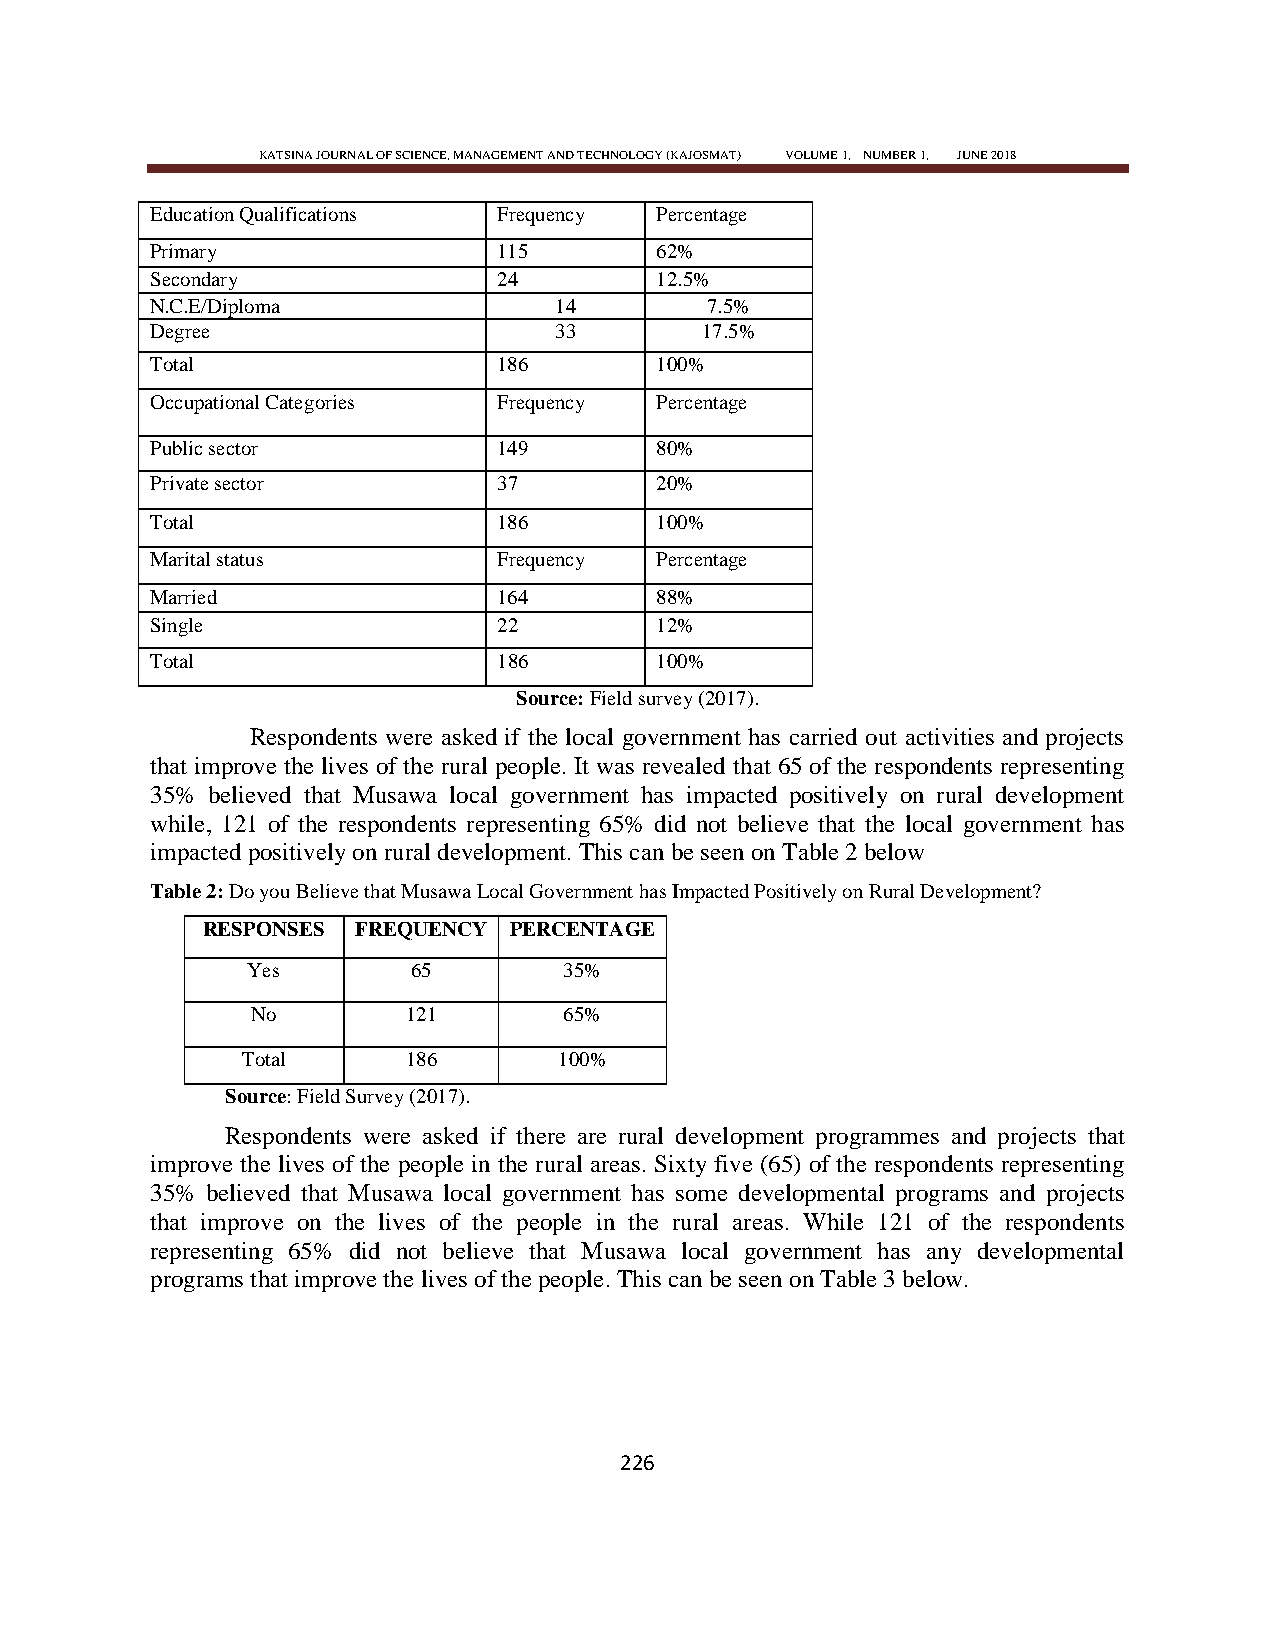
KATSINA JOURNAL OF SCIENCE, MANAGEMENT AND TECHNOLOGY (KAJOSMAT) VOLUME 1, NUMBER 1, JUNE 2018
 Education Qualifications Frequency Percentage
 Primary                115       62%
 Secondary              24        12.5%
 N.C.E/Diploma              14        7.5%
 Degree                     33       17.5%
 Total                  186       100%
 Occupational Categories Frequency Percentage
 Public sector          149       80%
 Private sector         37        20%
 Total                  186       100%
 Marital status         Frequency Percentage
 Married                164       88%
 Single                 22        12%
 Total                  186       100%
 Source: Field survey (2017).
 Respondents were asked if the local government has carried out activities and projects
 that improve the lives of the rural people. It was revealed that 65 of the respondents representing
 35% believed that Musawa local government has impacted positively on rural development
 while, 121 of the respondents representing 65% did not believe that the local government has
 impacted positively on rural development. This can be seen on Table 2 below
 Table 2: Do you Believe that Musawa Local Government has Impacted Positively on Rural Development?
 RESPONSES  FREQUENCY PERCENTAGE
 Yes        65        35%
 No        121       65%
 Total      186       100%
 Source: Field Survey (2017).
 Respondents were asked if there are rural development programmes and projects that
 improve the lives of the people in the rural areas. Sixty five (65) of the respondents representing
 35% believed that Musawa local government has some developmental programs and projects
 that improve on the lives of the people in the rural areas. While 121 of the respondents
 representing 65% did not believe that Musawa local government has any developmental
 programs that improve the lives of the people. This can be seen on Table 3 below.
 226